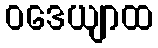
ဝဒေယျာထ